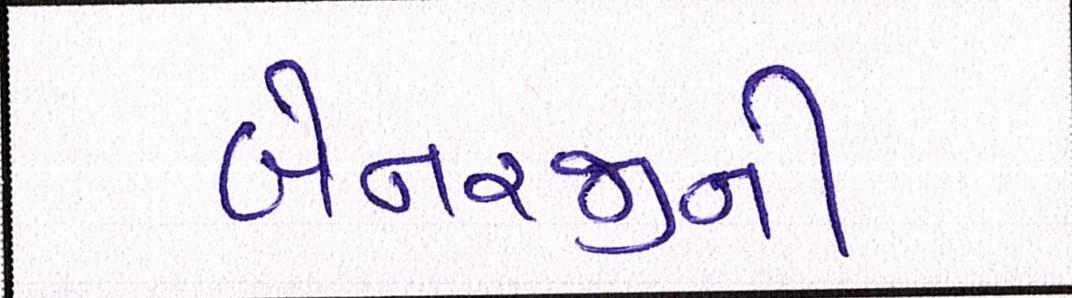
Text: બેનરજીની